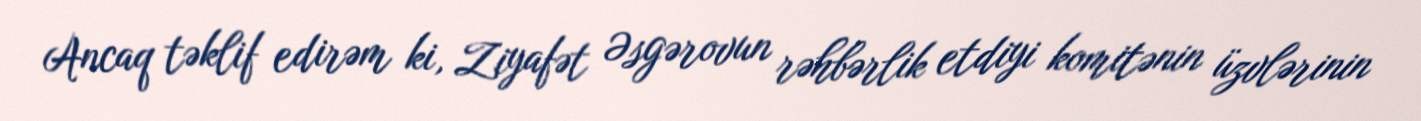
Ancaq təklif edirəm ki, Ziyafət Əsgərovun rəhbərlik etdiyi komitənin üzvlərinin